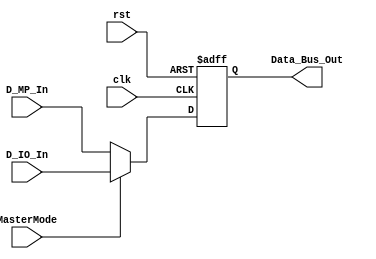
module DataBusBuffer(input clk,rst,MasterMode,input [7:0] D_IO_In,D_MP_In,output reg[7:0]  Data_Bus_Out);
always @(posedge clk, posedge rst) begin
if(rst) Data_Bus_Out<=0;
else begin 
if(MasterMode)Data_Bus_Out<=D_IO_In;
else if(!MasterMode)Data_Bus_Out<=D_MP_In;
else Data_Bus_Out<=8'bz;
end
end
endmodule